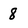
Character: 8